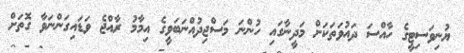
ޔުނިވަސިޓީގެ ހާއްސަ ދައުވަތަކަށް މަދީނާގައި ހުންނަ މަސްޖިދުއްނަބަވީގެ އިމާމު ރާއްޖެ ވަޑައިގަންނަވާ ގޮތަށް